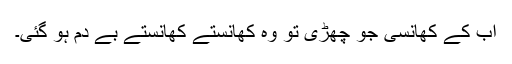
اب کے کھانسی جو چھڑی تو وہ کھانستے کھانستے بے دم ہو گئی۔